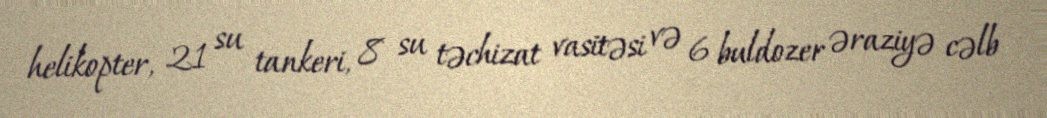
helikopter, 21 su tankeri, 8 su təchizat vasitəsi və 6 buldozer əraziyə cəlb